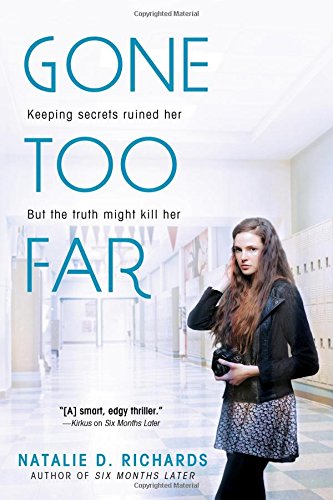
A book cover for Gone Too Far; Natalie Richards; Teen & Young Adult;